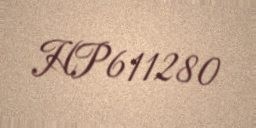
HP611280